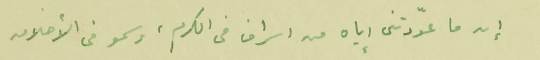
إن ما عوّدتنى إياه من اسراف فى الكرم، وسمو فى الأخلاق